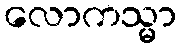
လောကသ္မာ